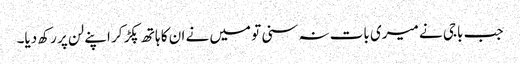
جب باجی نے میری بات نہ سنی تو میں نے ان کا ہاتھ پکڑ کر اپنے لن پر رکھ دیا۔